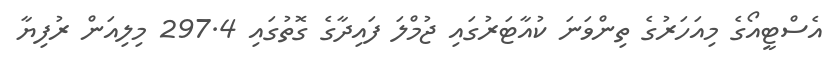
އެސްޓީއޯގެ މިއަހަރުގެ ތިންވަނަ ކުއާޓަރުގައި ޖުމްލަ ފައިދާގެ ގޮތުގައި 297.4 މިލިއަން ރުފިޔާ